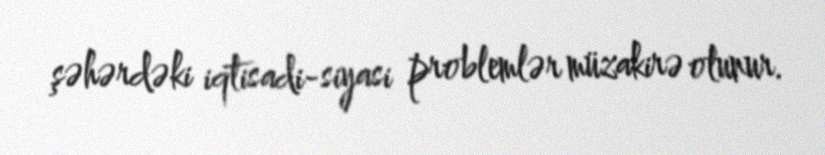
şəhərdəki iqtisadi-siyasi problemlər müzakirə olunur.